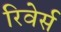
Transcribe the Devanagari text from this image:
रिवेर्स